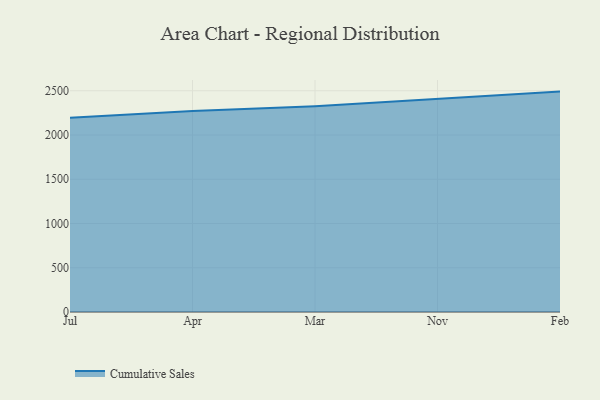
{"axis": {"x": "Month", "y": "Population (Million)"}, "legend": ["Cumulative Sales"], "data": [{"x": "Jul", "y": 2195.6, "type": "Cumulative Sales"}, {"x": "Apr", "y": 2272.2, "type": "Cumulative Sales"}, {"x": "Mar", "y": 2324.9, "type": "Cumulative Sales"}, {"x": "Nov", "y": 2408.8, "type": "Cumulative Sales"}, {"x": "Feb", "y": 2490.4, "type": "Cumulative Sales"}]}